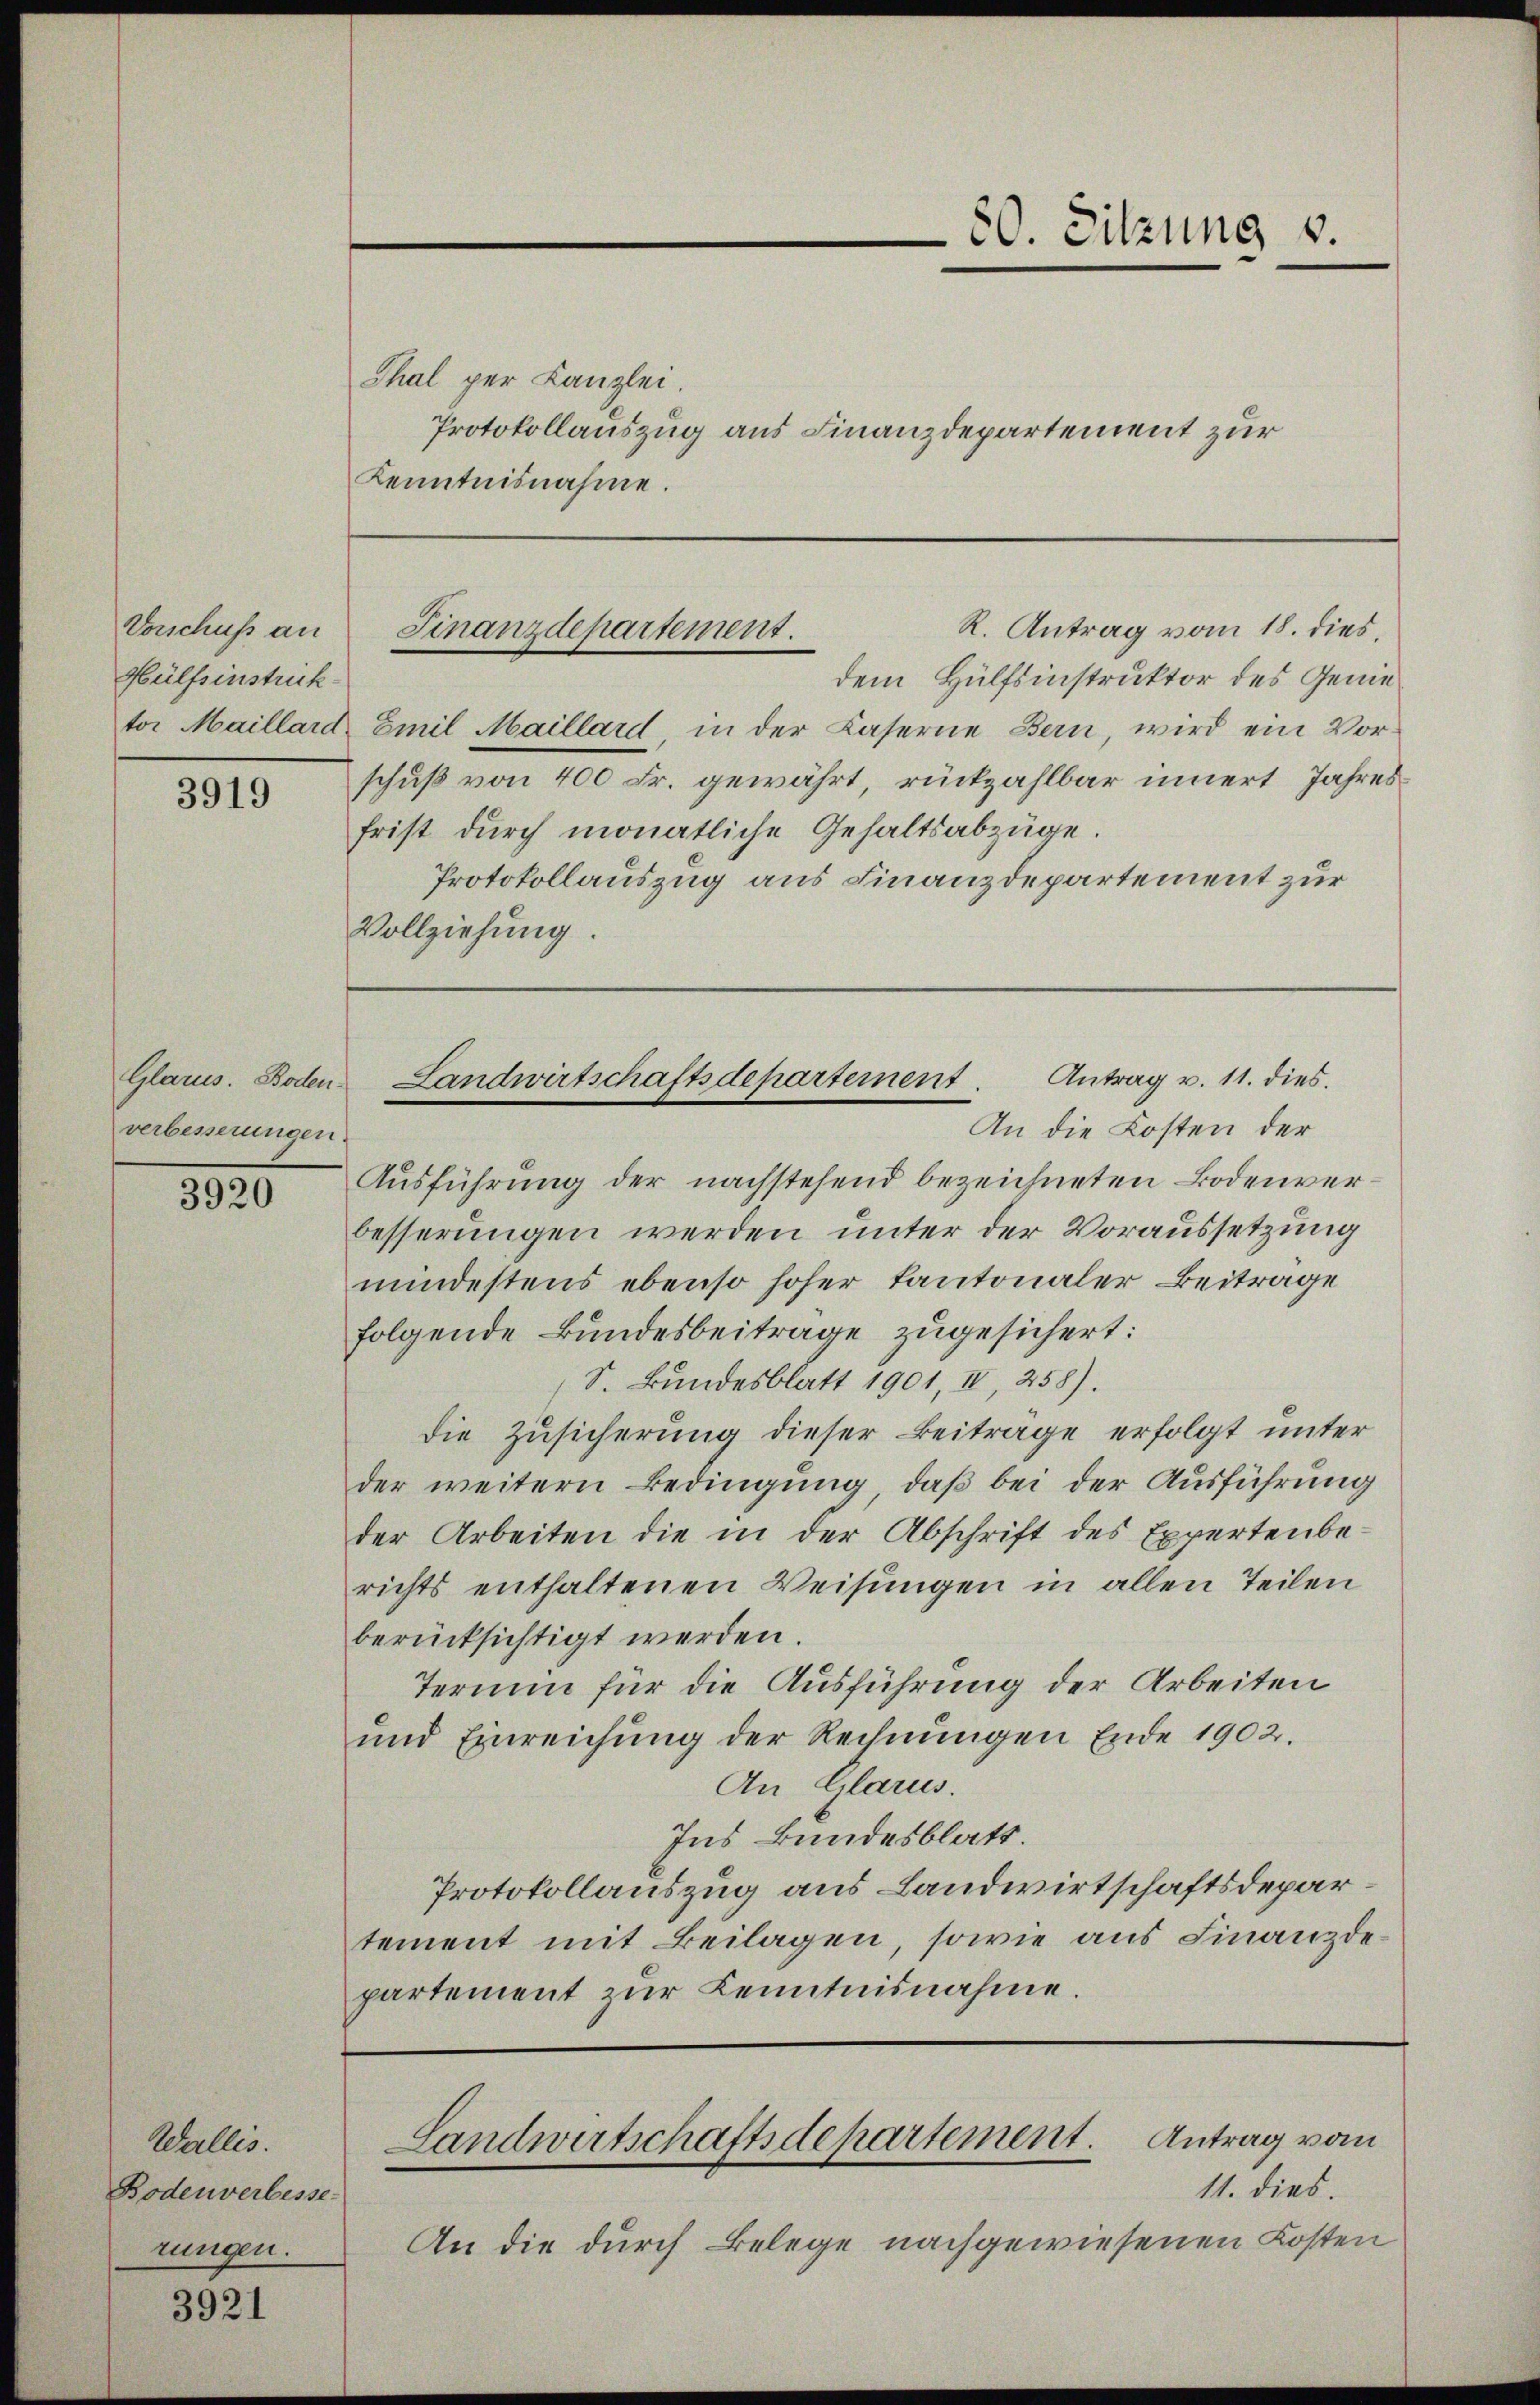
Vorschuss an
Hülfsinstrick.

3919

Glarus. Bodenverbesserungen.

3920

Wallis.
Bodenverbesse
rungen.

3921

Thal per Kanzlei
Kenntnisnahme.

R. Antrag vom 18. dies
Finanzdepartement.
dem Hülfsinstruktor des Genie¬

tor Maillard, Emil Maillard, in der Caserne Bern, wird ein Vorschuß von 400 Fr. gewährt, rückzahlbar innert Jahresfrist durch monatliche Gehaltsabzüge.
Protokollauszug aus Finanzdepartement zur
Vollziehung.

20. Sitzung v.
Protokollauszug aus Finanzdepartement zur

Landwirtschaftsdepartement Antrag v. 11. dies
An die Kosten der

Landwirtschaftsdepartement. Antrag vom

Ausführung der nachstehend bezeichneten Bodenverbesserungen werden unter der Voraussetzung
mindestens ebenso hoher Kantonaler Beitrage
folgende Bundesbeitrage zugesichert:
S. Bundesblatt 1901, II, 258).
die Zusicherung dieser Beiträge erfolgt unter
der weitern Bedingung, daß bei der Ausführung
der Arbeiten die in der Abschrift des Expertenbe-
richts enthaltenen Weisungen in allen Teilen
berücksichtigt werden.
Termin für die Ausführung der Arbeiten
und Einreichung der Rechnungen Ende 1902.
An Glarus.
Ins Bundesblatt.
Protokollauszug aus Landwirtschaftsdepartement mit Beilagen, sowie aus Finanzdepartement zur Kenntnisnahme.

11. dies.
An die durch Belege nachgewiesenen Kosten